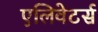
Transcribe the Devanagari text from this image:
एलिवेटर्स